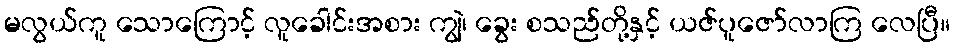
မလွယ်ကူ သောကြောင့် လူခေါင်းအစား ကျွဲ၊ ခွေး စသည်တို့နှင့် ယဇ်ပူဇော်လာကြ လေပြီ။